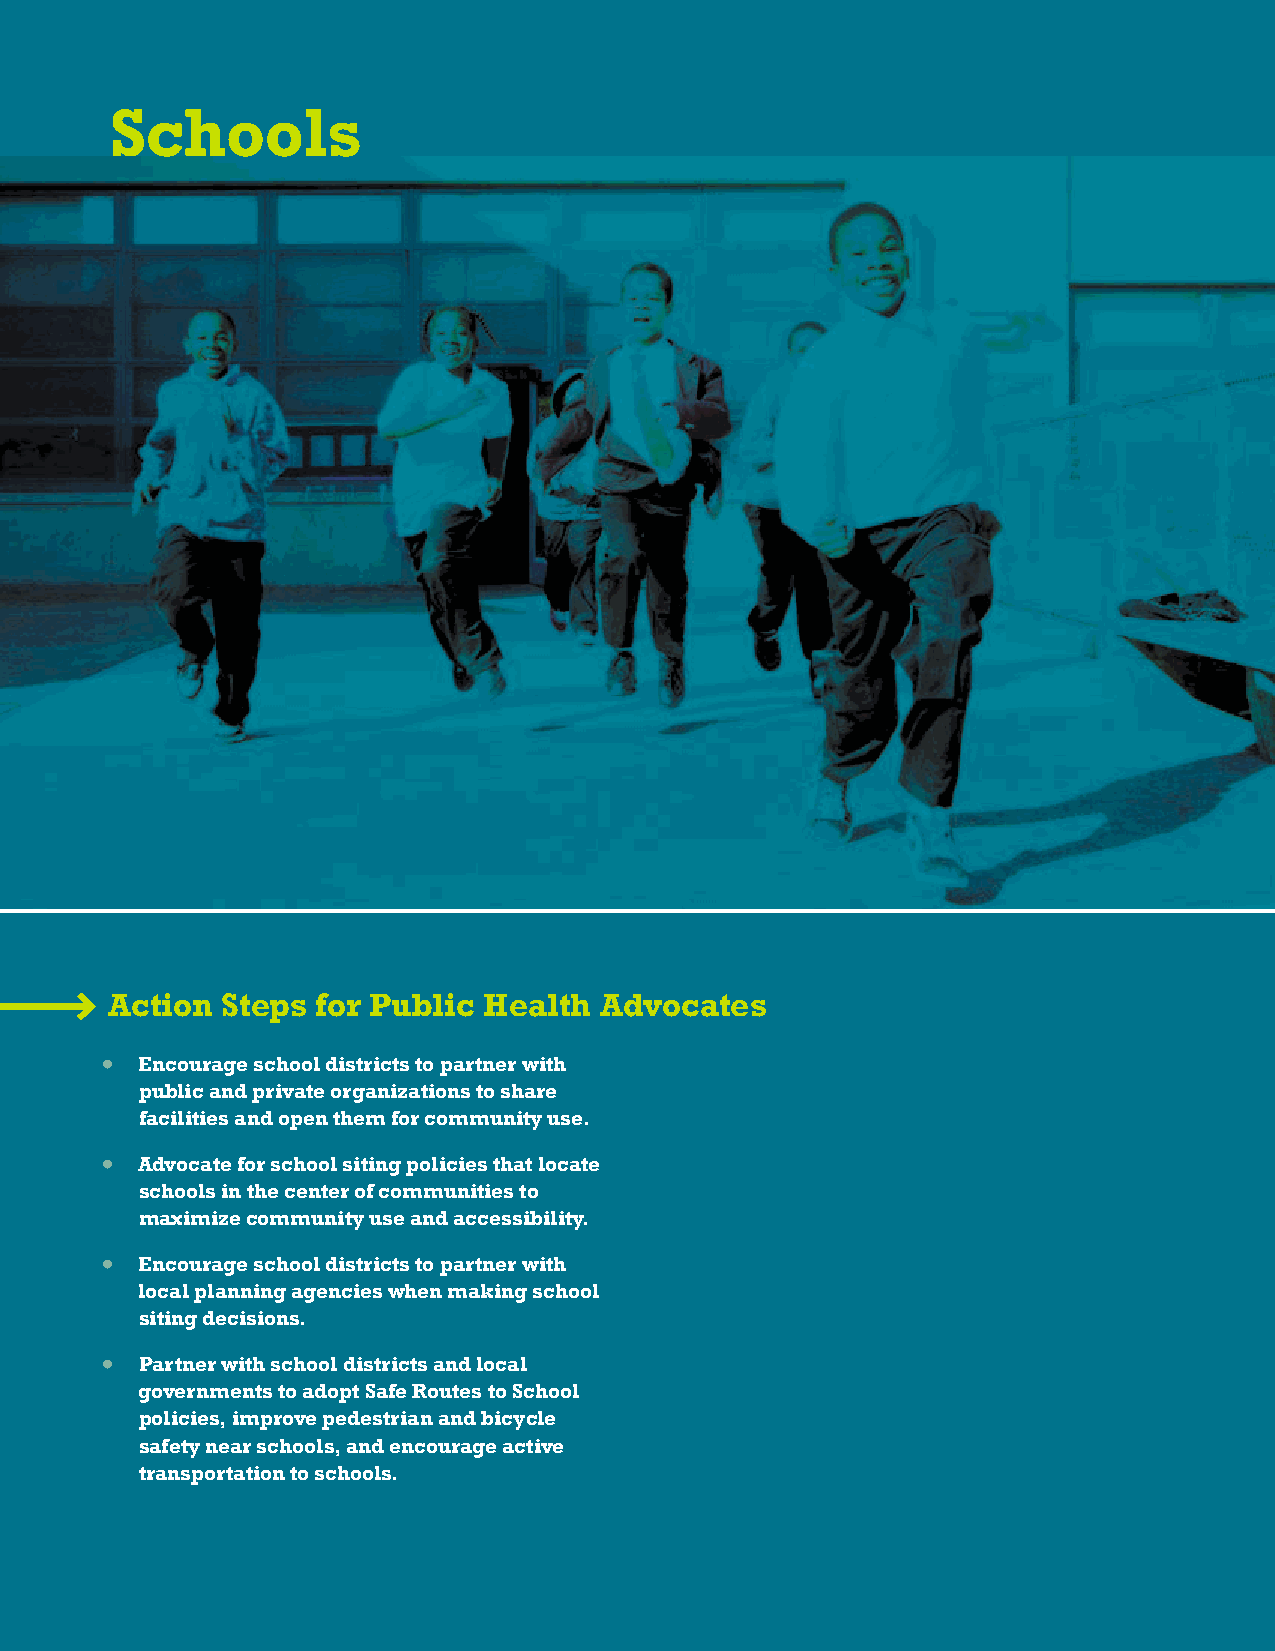
Schools
 AAccttiioonn SStteeppss ffoorr PPuubblliicc HHeeaalltthh AAddvvooccaatteess
 • Encourage school districts to partner with
 public and private organizations to share
 facilities and open them for community use.
 • Advocate for school siting policies that locate
 schools in the center of communities to
 maximize community use and accessibility.
 • Encourage school districts to partner with
 local planning agencies when making school
 siting decisions.
 • Partner with school districts and local
 governments to adopt Safe Routes to School
 policies, improve pedestrian and bicycle
 safety near schools, and encourage active
 transportation to schools.